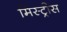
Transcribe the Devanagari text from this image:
मिस्ट्रीस